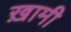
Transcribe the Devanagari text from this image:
ख़ामी